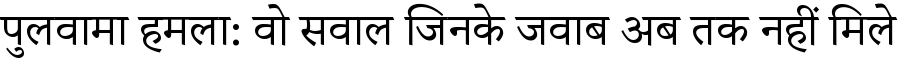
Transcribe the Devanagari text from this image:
पुलवामा हमला: वो सवाल जिनके जवाब अब तक नहीं मिले